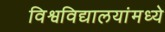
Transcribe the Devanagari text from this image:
विश्वविद्यालयांमध्ये